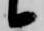
候